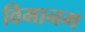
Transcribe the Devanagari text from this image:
विमानम